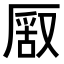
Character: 𠪔